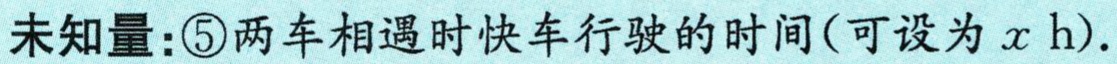
未知量：\textcircled{5}两车相遇时快车行驶的时间(可设为\(x\ h\)).